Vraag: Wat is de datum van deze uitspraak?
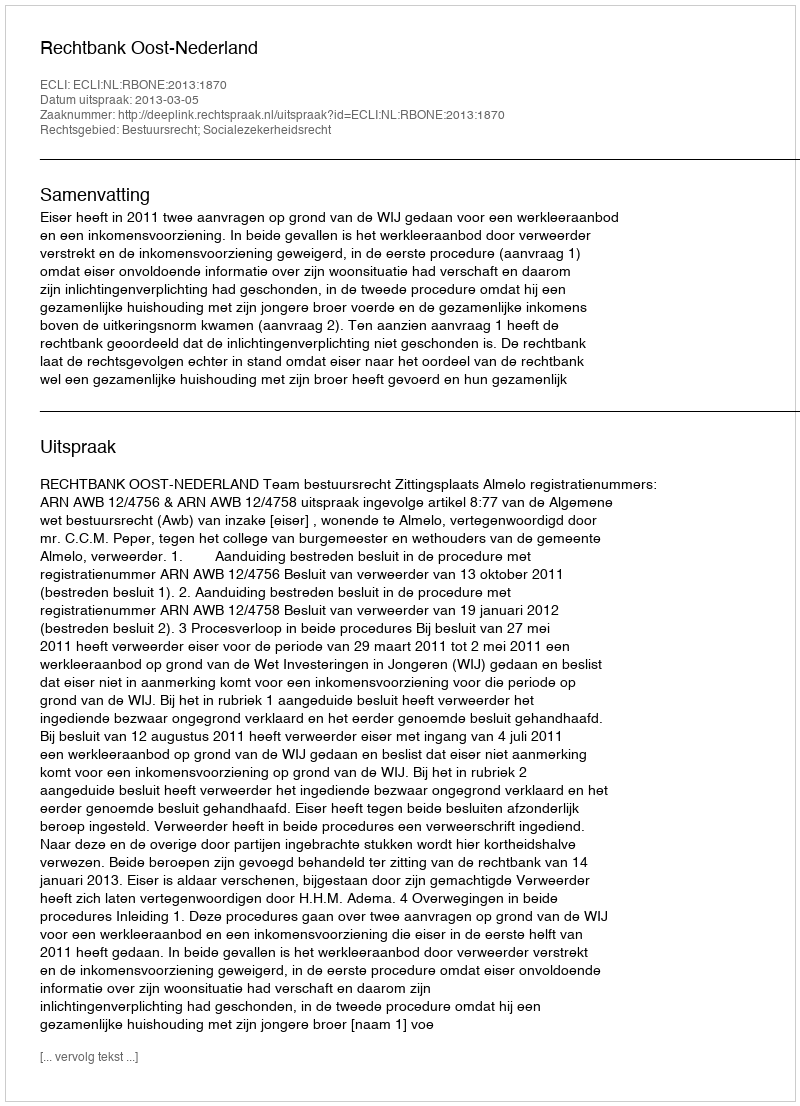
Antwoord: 2013-03-05